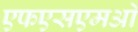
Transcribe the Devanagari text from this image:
एफएसएमओ